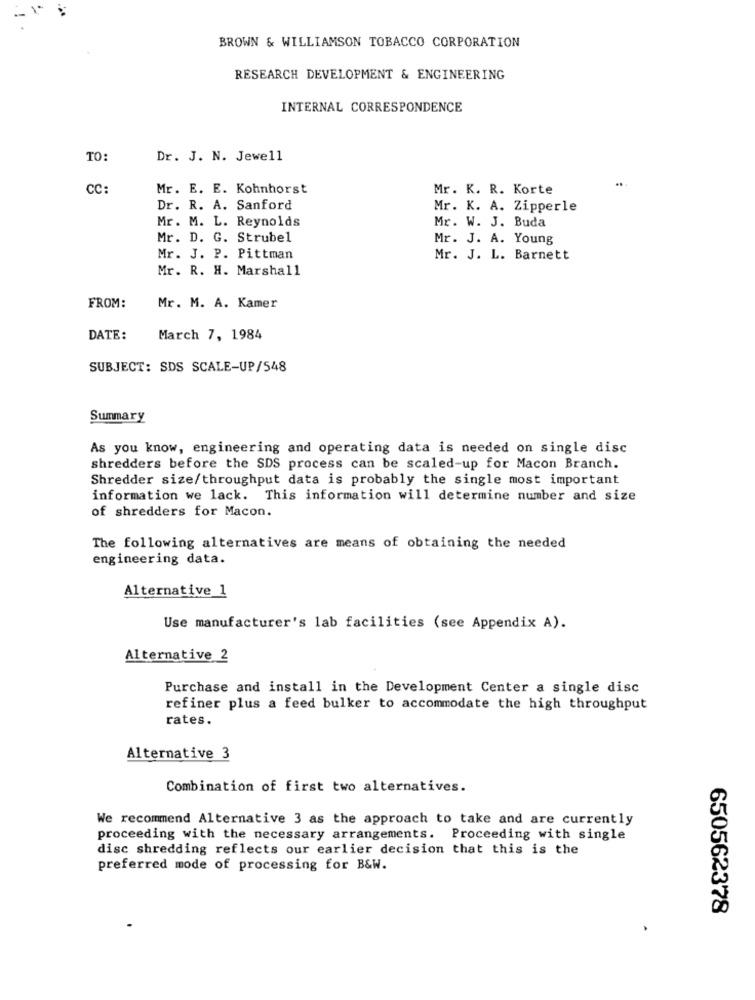
BROWN & WILLIAMSON TOBACCO CORPORATION
RESEARCH DEVELOPMENT & ENGINEERING
INTERNAL CORRESPONDENCE
TO:
Dr. J. N. Jewell
CC:
Mr. E. E. Kohnhorst
Mr. K. R. Korte
Dr. R. A. Sanford
Mr. K. A. Zipperle
Mr. M. L. Reynolds
Mr. W. J. Buda
Mr. D. G. Strubel
Mr. J. A. Young
Mr. J. P. Pittman
Mr. J. L. Barnett
Mr. R. H. Marshall
FROM:
Mr. M. A. Kamer
DATE:
March 7, 1984
SUBJECT: SDS SCALE-UP/548
Summary
As you know, engineering and operating data is needed on single disc
shredders before the SDS process can be scaled-up for Macon Branch.
Shredder size/throughput data is probably the single most important
information we lack. This information will determine number and size
of shredders for Macon.
The following alternatives are means of obtaining the needed
engineering data.
Alternative 1
Use manufacturer's lab facilities (see Appendix A).
Alternative 2
Purchase and install in the Development Center a single disc
refiner plus a feed bulker to accommodate the high throughput
rates.
Alternative 3
Combination of first two alternatives.
We recommend Alternative 3 as the approach to take and are currently
proceeding with the necessary arrangements. Proceeding with single
disc shredding reflects our earlier decision that this is the
preferred mode of processing for B&W.
650562378